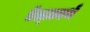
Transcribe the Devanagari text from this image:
ऍल्ज़वर्थ